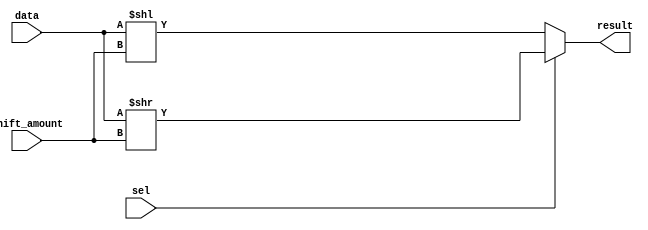
`timescale 1ns / 1ps

module shifter16(
	input [15:0] data, 
    input [15:0] shift_amount, 
    input sel, //0 to the left
    output [15:0] result
    );

    assign result = (sel == 0) ? ( data << shift_amount )  : (data >> shift_amount );
endmodule